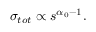
\sigma _ { t o t } \propto s ^ { \alpha _ { 0 } - 1 } .